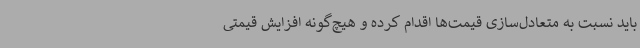
باید نسبت به متعادل‌سازی قیمت‌ها اقدام کرده و هیچ‌گونه افزایش قیمتی